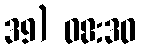
39) 08:30